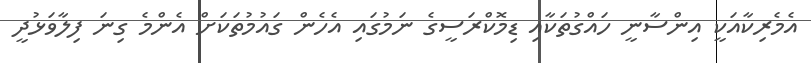
އެމެރިކާއަކީ އިންސާނީ ހައްގުތަކާއި ޑިމޮކްރަސީގެ ނަމުގައި އެހެން ގައުމުތަކަށް އެންމެ ގިނަ ފިލާވަޅުދީ